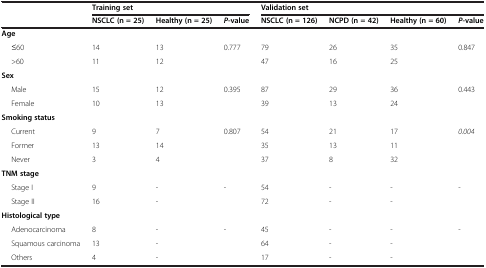
| <ROWSPAN=2>  | <COLSPAN=3> Training set | <COLSPAN=4> Validation set |
 | NSCLC (n = 25) | Healthy (n = 25) | P-value | NSCLC (n = 126) | NCPD (n = 42) | Healthy (n = 60) | P-value |
 | --- | --- | --- | --- | --- | --- | --- | --- |
 | Age |  |  |  |  |  |  |  |
 | ≤60 | 14 | 13 | 0.777 | 79 | 26 | 35 | 0.847 |
 | >60 | 11 | 12 |  | 47 | 16 | 25 |  |
 | Sex |  |  |  |  |  |  |  |
 | Male | 15 | 12 | 0.395 | 87 | 29 | 36 | 0.443 |
 | Female | 10 | 13 |  | 39 | 13 | 24 |  |
 | Smoking status |  |  |  |  |  |  |  |
 | Current | 9 | 7 | 0.807 | 54 | 21 | 17 | 0.004 |
 | Former | 13 | 14 |  | 35 | 13 | 11 |  |
 | Never | 3 | 4 |  | 37 | 8 | 32 |  |
 | TNM stage |  |  |  |  |  |  |  |
 | Stage I | 9 | - | - | 54 | - | - | - |
 | Stage II | 16 | - |  | 72 | - | - |  |
 | Histological type |  |  |  |  |  |  |  |
 | Adenocarcinoma | 8 | - | - | 45 | - | - | - |
 | Squamous carcinoma | 13 | - |  | 64 | - | - |  |
 | Others | 4 | - |  | 17 | - | - |  |